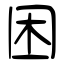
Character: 困